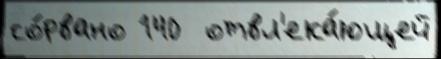
со́рвано 140  отвл'ека́ющей